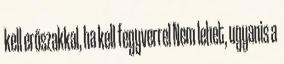
kell erőszakkal, ha kell fegyverrel Nem lehet, ugyanis a